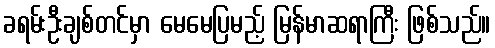
ခရမ်းဦးချစ်တင်မှာ မေမေပြမည့် မြန်မာဆရာကြီး ဖြစ်သည်။